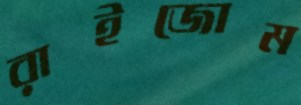
রাইজোম